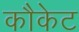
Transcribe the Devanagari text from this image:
कौकेट